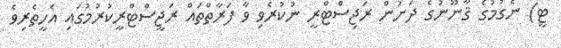
ޓީ) ނެގުމުގެ ޤާނޫނުގެ ދަށުން ރަޖިސްޓްރީ ނުކުރެވި ވާ ފަރާތްތައް ރަޖީސްޓްރީކުރުމުގައި އެހީތެރިވެ